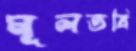
মূলতবি